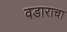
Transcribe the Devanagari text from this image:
वडाराचा